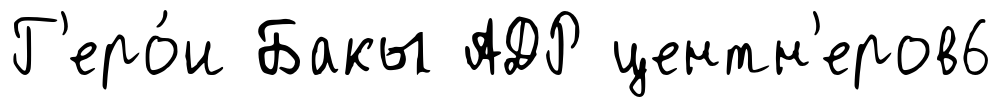
Г'еро́и Бакы АДР центн'еров6